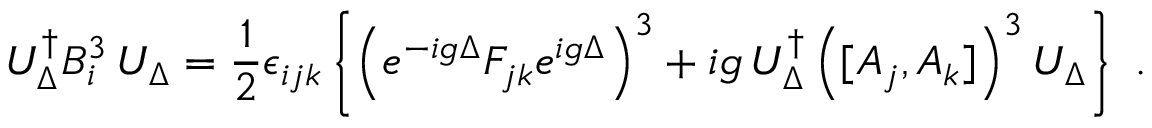
{ \cal U } _ { \Delta } ^ { \dagger } B _ { i } ^ { 3 } \, { \cal U } _ { \Delta } = \frac { 1 } { 2 } \epsilon _ { i j k } \left\{ \left( e ^ { - i g \Delta } F _ { j k } e ^ { i g \Delta } \right) ^ { 3 } + i g \, { \cal U } _ { \Delta } ^ { \dagger } \left( [ A _ { j } , A _ { k } ] \right) ^ { 3 } { \cal U } _ { \Delta } \right\} \ .